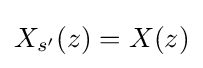
X_{s'}(z)=X(z)